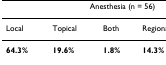
<table><thead><tr><td colspan="4"><b>Anesthesia (n = 56)</b></td></tr></thead><tbody><tr><td>Local</td><td>Topical</td><td>Both</td><td>Regional or Block</td></tr><tr><td><b>64.3%</b></td><td><b>19.6%</b></td><td><b>1.8%</b></td><td><b>14.3%</b></td></tr></tbody></table>